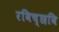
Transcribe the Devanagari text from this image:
रविच्छवि